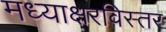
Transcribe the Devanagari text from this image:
मध्याक्षरविस्तर